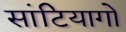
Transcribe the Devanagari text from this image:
सांटियागो